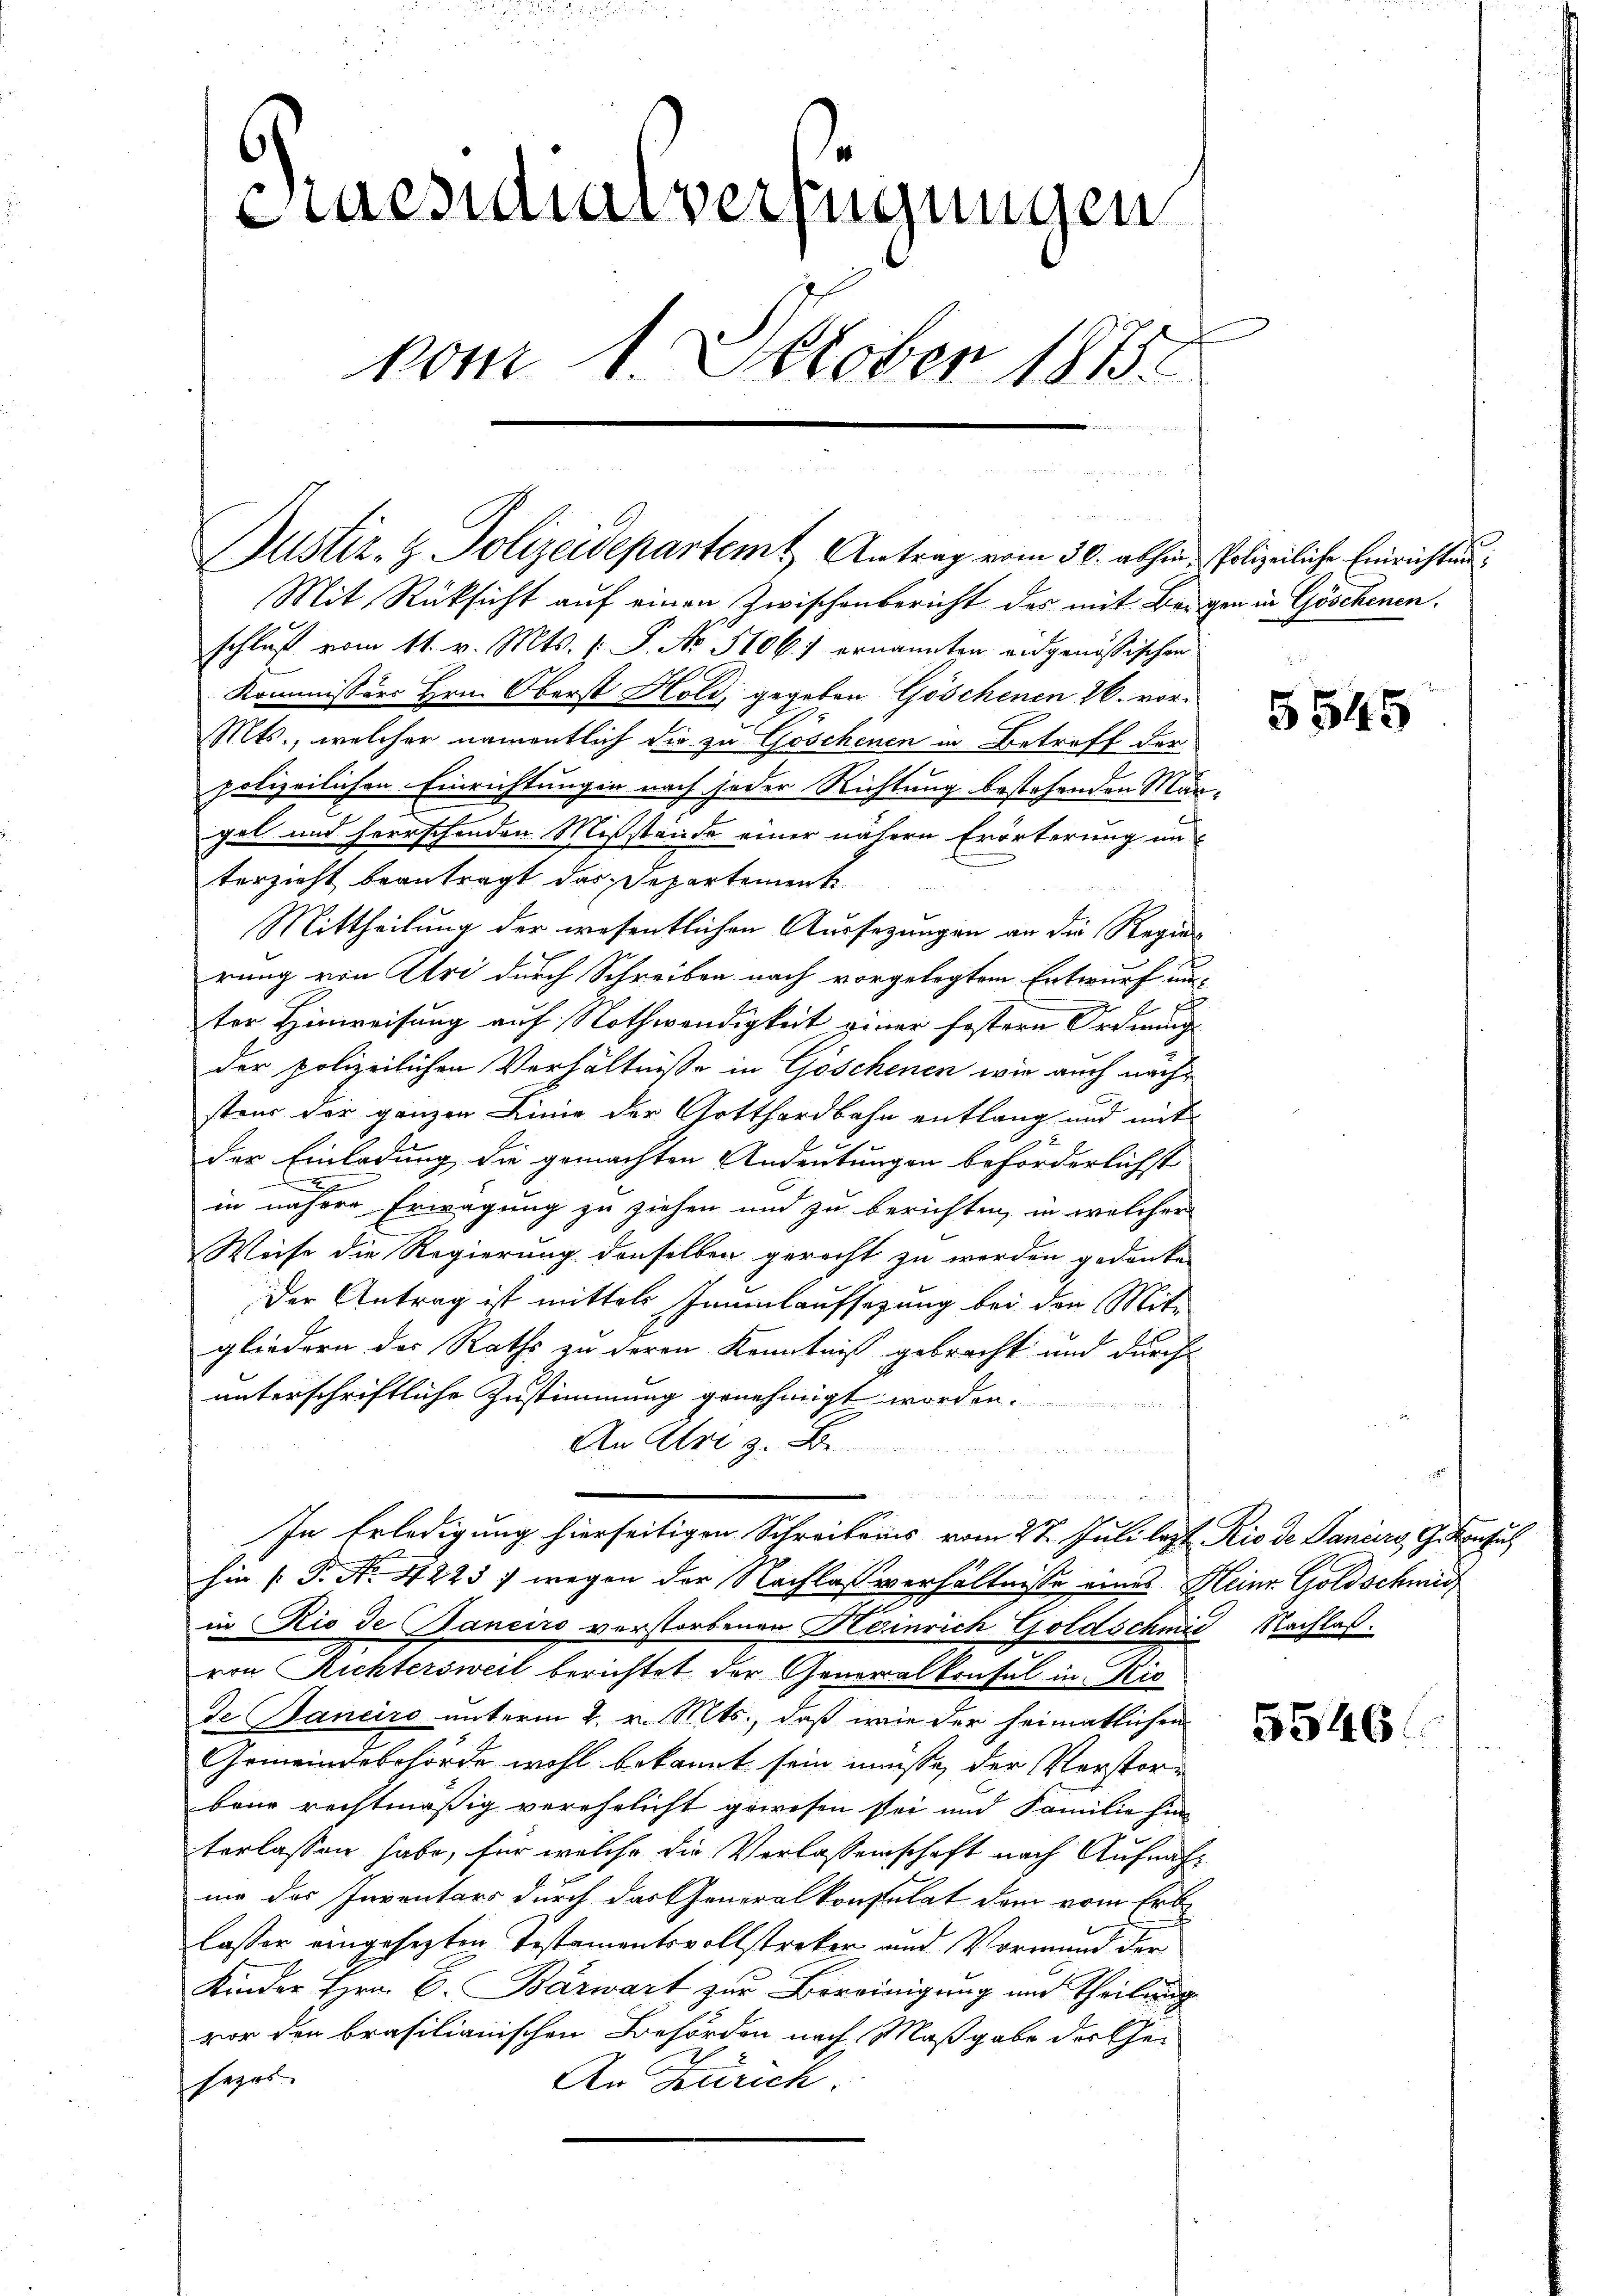
Praesidialverfügungen
vom 1. Oktober 1875

Justiz- & Polizeidepartem Antrag vom 30. abhin Polizeiliche Einrichten

Mit Rücksicht auf einen Zwischenbericht des mit Beschluß vom 11. v. Mts. (: P. No. 5106) ernannten eidgenössischen
Kommissors Hrn. Oberst Hold, gegeben Göschenen 26. vor¬
Mts., welcher namentlich die zu Göschenen in Betreff der
polizeilichen Einrichtungen nach jeder Richtung bestehenden Mar
get und herrschenden Mißstände einer nähern Erörterung un
terzicht beantragt das Departement
Mittheilung der wesentlichen Aussezungen an die Regier
rung von Uri durch Schreiben nach vorgelegtem Entwurf un
ter Hinweisung auf Nothwendigkeit einer festern Ordnung
der polizeilichen Verhältnisse in Göschenen wir auch nachsteur der ganzen Linie der Gotthardbahn entlang und mit
der Einladung die gemachten Andeutungen beförderlichst
s
2
in nähere Erwägung zu ziehen und zu berichten, in welcher
Weise die Regierung derselben gerecht zu werden gedanke
Der Antrag ist mittels Jaumlaufsetzung bei den Mit-
gliedern des Raths zu deren Kenntniß gebracht und durch
unterschriftliche Zustimmung genehmigt worden.
An Atri z. Be-
e
In Erledigung hierseitigen Schreibens vom 27. Juli lezt Rio de Paniers, Gekonsul
hin (: P. No. 42237 wegen der Nachlaßverhältnisse eines Heinr. Goldschmid
in Rio de Banciro verstorbenen Heinrich Goldscheid Nachlaßvon Richtersweil berichtet der Generalkonsul in Kro
de Banciro unterm 2. v. Mts., daß wie der heimatlichen
Gemeindebehörde wohl bekannt sein müße, der Verstorbrue rechtmäßig verehelicht gewesen sei und Familie hin
terlassen habe, für welche die Verlassenschaft nach Aufnahnie des Inventars durch das Generalkonsulat dem vom Erb
lasser eingesezten Testamentsvollstreker und Vormund der
Kinder Hrn. C. Barwart zur Bereinigung und Theilung
vor den brasilianischen Behörden nach Maßgabe der Ehesezes
An Zürich.

gen in Göschenen.

5545

u

5546.